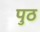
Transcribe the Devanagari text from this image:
पुठ